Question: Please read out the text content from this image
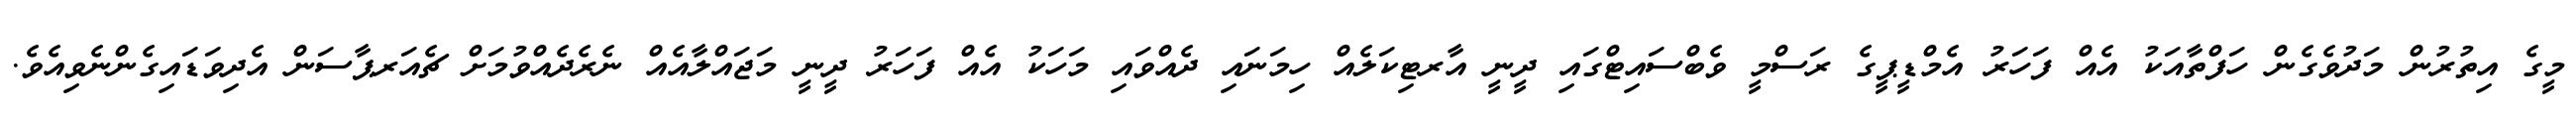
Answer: މީގެ އިތުރުން މަދުވެގެން ހަފްތާއަކު އެއް ފަހަރު އެމްޑީޕީގެ ރަސްމީ ވެބްސައިޓްގައި ދީނީ އާރޓިކަލެއް ހިމަނައި ދެއްވައި މަހަކު އެއް ފަހަރު ދީނީ މަޖައްލާއެއް ނެރެދެއްވުމަށް ޗެއަރޕާސަން އެދިވަޑައިގެންނެވިއެވެ.